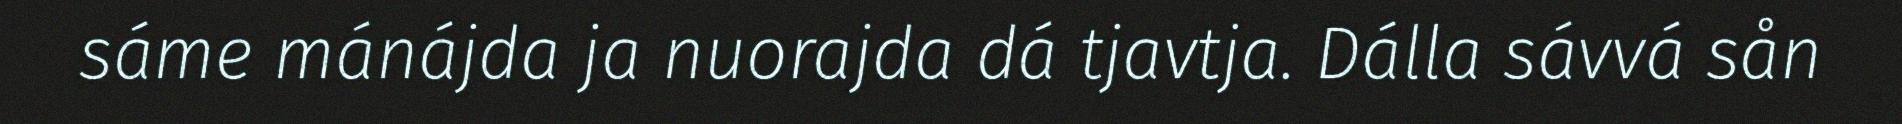
sáme mánájda ja nuorajda dá tjavtja. Dálla sávvá sån